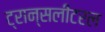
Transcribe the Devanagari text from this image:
ट्रान्सलीटरल